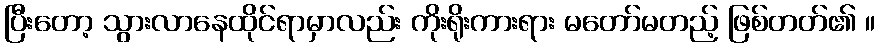
ပြီးတော့ သွားလာနေထိုင်ရာမှာလည်း ကိုးရိုးကားရား မတော်မတည့် ဖြစ်တတ်၏ ။